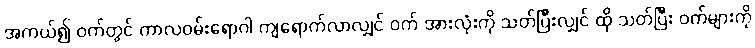
အကယ်၍ ဝက်တွင် ကာလဝမ်းရောဂါ ကျရောက်လာလျှင် ဝက် အားလုံးကို သတ်ပြီးလျှင် ထို သတ်ပြီး ဝက်များကို